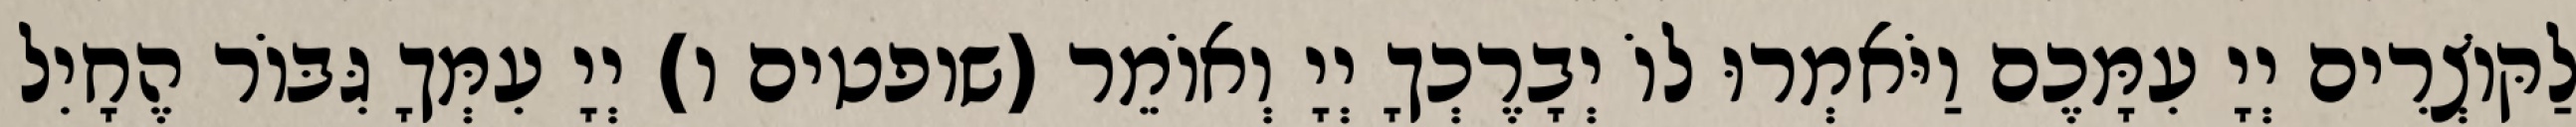
לַקּוֹצְרִים יְיָ עִמָּכֶם וַיֹּאמְרוּ לוֹ יְבָרֶכְךָ יְיָ וְאוֹמֵר (שופטים ו) יְיָ עִמְּךָ גִּבּוֹר הֶחָיִל